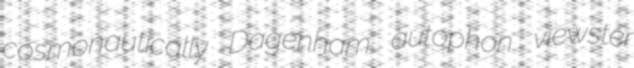
cosmonautically Dagenham autophon viewster